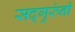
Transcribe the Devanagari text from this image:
सद्गुरुंनी